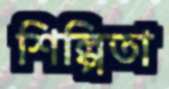
শিল্পিতা